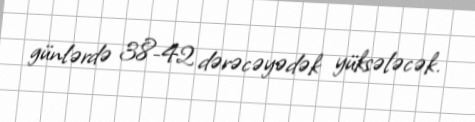
günlərdə 38-42 dərəcəyədək yüksələcək.